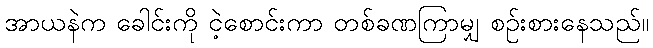
အာယနဲက ခေါင်းကို ငဲ့စောင်းကာ တစ်ခဏကြာမျှ စဉ်းစားနေသည်။